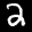
Label: 2